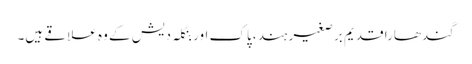
گندھارا قدیم برصغیر ہند، پاک اور بنگلہ دیش کے وہ علاقے ہیں۔